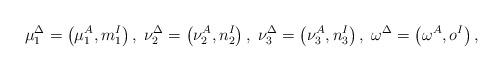
LaTeX: \begin{align*}\mu _{1}^{\Delta }=\left( \mu _{1}^{A},m_{1}^{I}\right) ,\;\nu _{2}^{\Delta}=\left( \nu _{2}^{A},n_{2}^{I}\right) ,\;\nu _{3}^{\Delta }=\left( \nu_{3}^{A},n_{3}^{I}\right) ,\;\omega ^{\Delta }=\left( \omega^{A},o^{I}\right) , \end{align*}